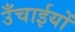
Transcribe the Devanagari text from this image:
उँचाईयों